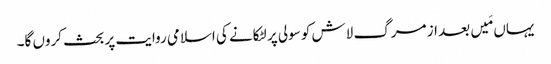
یہاں مَیں بعد از مرگ لاش کو سولی پر لٹکانے کی اسلامی روایت پر بحث کروں گا۔